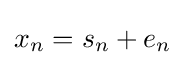
x_{n}=s_{n}+e_{n}